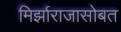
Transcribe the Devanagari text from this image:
मिर्झाराजासोबत